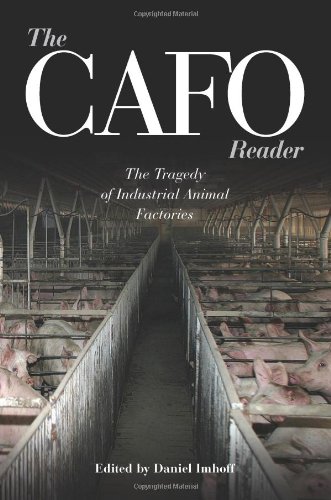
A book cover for The CAFO Reader: The Tragedy of Industrial Animal Factories (Contemporary Issues); Science & Math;